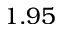
1 . 9 5